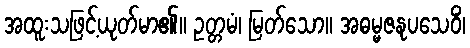
အထူးသဖြင့်ယုတ်မာ၏။ ဥတ္တမံ၊ မြတ်သော။ အဓမ္မဇနုပသေဝိံ၊